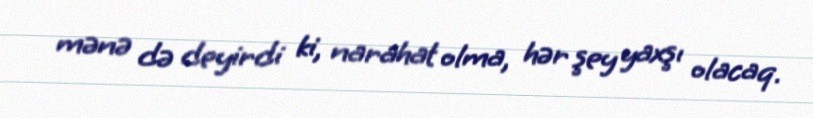
mənə də deyirdi ki, narahat olma, hər şey yaxşı olacaq.